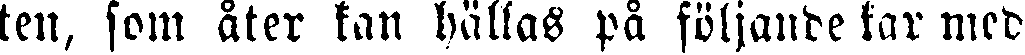
ten, som åter kan hällas på följande kar med